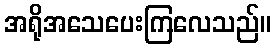
အရိုအသေပေးကြလေသည်။